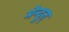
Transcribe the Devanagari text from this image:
मेन्दुत्